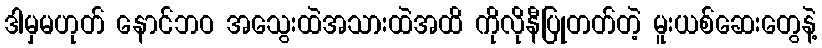
ဒါမှမဟုတ် နောင်ဘဝ အသွေးထဲအသားထဲအထိ ကိုလိုနီပြုတတ်တဲ့ မူးယစ်ဆေးတွေနဲ့